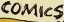
COMICS